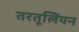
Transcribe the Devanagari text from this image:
तरतूलियन